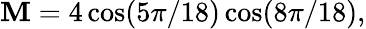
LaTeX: {\cal\mathbf{M}}=4\cos(5\pi/18)\cos(8\pi/18),